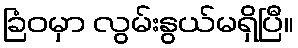
ခြံဝမှာ လွမ်းနွယ်မရှိပြီ။